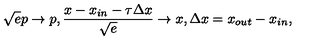
{ \sqrt { e } } p \rightarrow p , \frac { x - x _ { i n } - \tau { \Delta x } } { \sqrt e } \rightarrow x , { \Delta x } = x _ { o u t } - x _ { i n } , \,